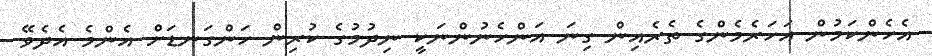
އެހެންކަމުން އަހަރެމެންގެ ތެރެއިން ގިނަ އަންހެނުންނަކީ ނިދުމުގެ ކުރިން ހަންގަނޑަށް އެންމެ އެދެވޭ